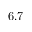
6 . 7